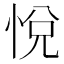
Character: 悅